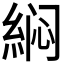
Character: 𱹵